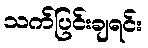
သက်ပြင်းချရင်း